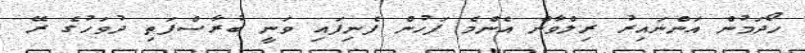
ހޯދަމުން އަންނައިރު ރިލްވާން އެންމެ ފަހުން ފެނިފައި ވަނީ ބުރާސްފަތި ދުވަހުގެ ރޭ